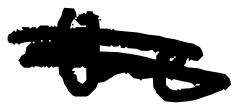
Text: the
Cross-out: double-line
Writing tool: digital_black